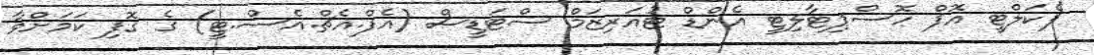
ފެކަލްޓީ އޮފް ހޮސްޕިޓާލިޓީ އެންޑް ޓުއަރިޒަމް ސްޓަޑީސް (އެފް.އެޗް.އެސް.ޓީ) ގެ ގޮފި ކަމަށްވާ